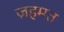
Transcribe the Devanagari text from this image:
ज़हमत